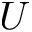
U